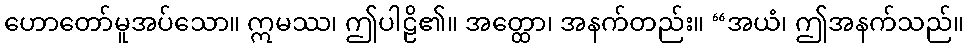
ဟောတော်မူအပ်သော။ ဣမဿ၊ ဤပါဠိ၏။ အတ္ထော၊ အနက်တည်း။ “အယံ၊ ဤအနက်သည်။